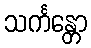
သင်္ကန္တော